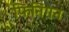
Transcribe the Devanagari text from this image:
फिंनिंगन